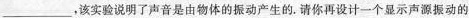
___，该实验说明了声音是由物体的振动产生的。请你再设计一个显示声源振动的